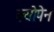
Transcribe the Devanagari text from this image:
क्योपेन